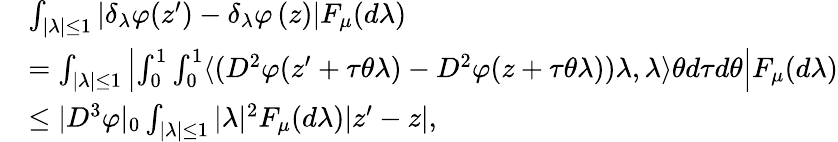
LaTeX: \begin{array}{rl}&{\int_{|\lambda|\leq 1}\left\vert\delta_{\lambda}\varphi(z^{\prime})-\delta_{\lambda}\varphi\left(z\right)\right\vert F_{\mu}(d\lambda)}\\ &{=\int_{|\lambda|\leq 1}\left\vert\int_{0}^{1}\int_{0}^{1}\langle(D^{2}\varphi(z^{\prime}+\tau\theta\lambda)-D^{2}\varphi(z+\tau\theta\lambda))\lambda,\lambda\rangle\theta d\tau d\theta\right\vert F_{\mu}(d\lambda)}\\ &{\leq|D^{3}\varphi|_{0}\int_{|\lambda|\leq 1}|\lambda|^{2}F_{\mu}(d\lambda)|z^{\prime}-z|,}\end{array}